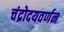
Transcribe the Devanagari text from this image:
चंद्रोदयवर्णन